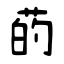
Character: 菂